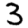
Digit: 3